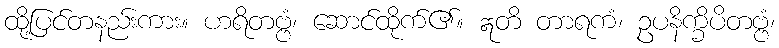
ထို့ပြင်တနည်းကား။ ဟရိတဗ္ဗံ၊ ဆောင်ထိုက်၏။ ဣတိ တာရကံ၊ ဥပနိက္ခိပိတဗ္ဗံ၊